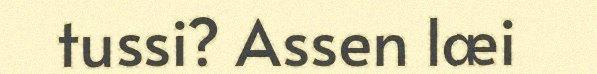
tussi? Assen læi